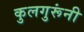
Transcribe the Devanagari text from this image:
कुलगुरूंनी